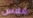
غلاس